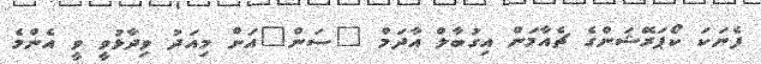
ފެނަކަ ކޯޕަރޭޝަންގެ ޗެއާމަން އިގުބާލް އާދަމް "ސަން"އަށް މިއަދު ވިދާޅުވީ ވީ އެންމެ